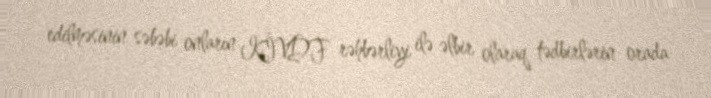
edilməsinin səbəbi onların KİVDF rəhbərliyi ilə əlbir olaraq tədbirlərin orada